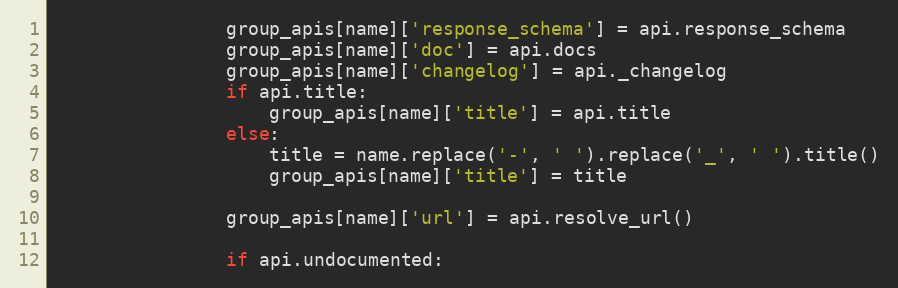
Language: Python
                group_apis[name]['response_schema'] = api.response_schema
                group_apis[name]['doc'] = api.docs
                group_apis[name]['changelog'] = api._changelog
                if api.title:
                    group_apis[name]['title'] = api.title
                else:
                    title = name.replace('-', ' ').replace('_', ' ').title()
                    group_apis[name]['title'] = title

                group_apis[name]['url'] = api.resolve_url()

                if api.undocumented: